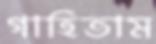
গাহিতাম